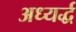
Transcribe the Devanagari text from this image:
अध्यर्द्ध